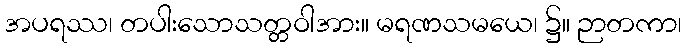
အပရဿ၊ တပါးသောသတ္တဝါအား။ မရဏသမယေ၊ ၌။ ဉာတကာ၊